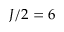
J / 2 = 6